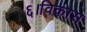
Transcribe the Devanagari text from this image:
६।विकास